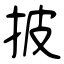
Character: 披